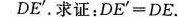
图① 图②DE'。求证：DE'=DE。。